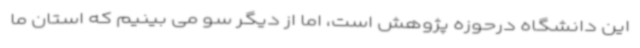
این دانشگاه درحوزه پژوهش است، اما از دیگر سو می بینیم که استان ما